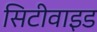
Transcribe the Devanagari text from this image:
सिटीवाइड